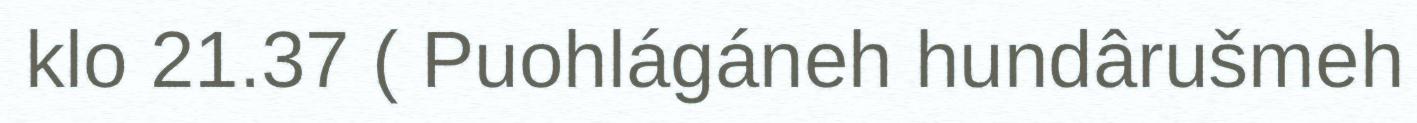
klo 21.37 ( Puohlágáneh hundârušmeh